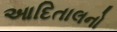
આદિતાલનો